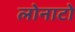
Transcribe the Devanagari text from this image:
लोनाटो